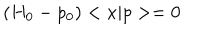
LaTeX: \left( H _ { 0 } - p _ { 0 } \right) < x | p > = 0